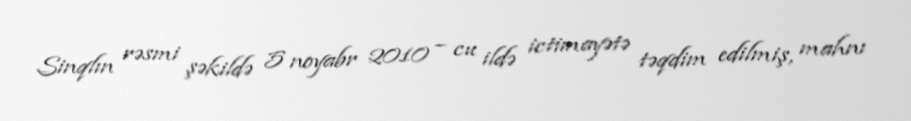
Sinqlın rəsmi şəkildə 5 noyabr 2010 – cu ildə ictimayətə təqdim edilmiş, mahnı